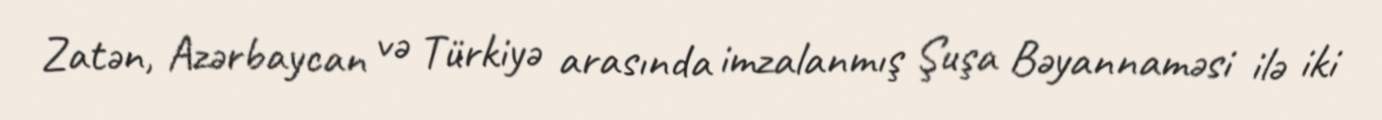
Zatən, Azərbaycan və Türkiyə arasında imzalanmış Şuşa Bəyannaməsi ilə iki